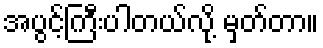
အပွင့်ကြီးပါတယ်လို့ မှတ်တာ။